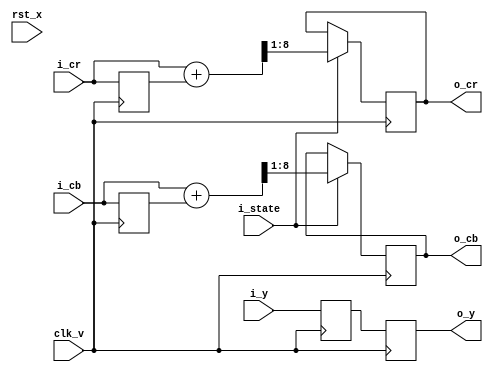
module fm_444_422 (
  clk_v,
  rst_x,
  // video in
  i_state,
  i_y,
  i_cr,
  i_cb,
  // video out
  o_y,
  o_cr,
  o_cb
);
  input  clk_v;
  input  rst_x;

  input i_state;
  // video in
  input [7:0] i_y;
  input [7:0] i_cr;
  input [7:0] i_cb;
  // video out
  output [7:0] o_y;
  output [7:0] o_cr;
  output [7:0] o_cb;

//////////////////////////////////
// wire
//////////////////////////////////
  wire [8:0]   w_cb;
  wire [8:0]   w_cr;
//////////////////////////////////
// reg
//////////////////////////////////
  reg [7:0]   r_y_1z;
  reg [7:0]   r_y_2z;
  reg [7:0]   r_cr_1z;
  reg [7:0]   r_cb_1z;
  reg [7:0]   r_cr;
  reg [7:0]   r_cb;
//////////////////////////////////
// assign
//////////////////////////////////
  assign w_cr = i_cr + r_cr_1z;
  assign w_cb = i_cb + r_cb_1z;

  assign o_y = r_y_2z;
  assign o_cr = r_cr;
  assign o_cb = r_cb;
//////////////////////////////////
// module instantiation
//////////////////////////////////

always @(posedge clk_v) begin
  r_y_1z <= i_y;
  r_y_2z <= r_y_1z;
  r_cr_1z <= i_cr;
  r_cb_1z <= i_cb;
  if (i_state)  begin
     r_cr <= w_cr[8:1];
     r_cb <= w_cb[8:1];
  end
end

endmodule